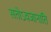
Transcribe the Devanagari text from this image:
सतोऽवजानाति